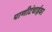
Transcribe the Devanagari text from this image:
पाणीटंचाईवर